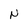
Character: N